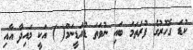
ކުޑަ ގޮހޮރުގެ ފުރަތަމަ ބައި ނުވަތަ ޑުއަޑީނަމް( ) އަކީ މައިދާ އާއި